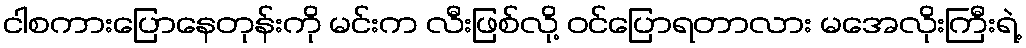
ငါစကားပြောနေတုန်းကို မင်းက လီးဖြစ်လို့ ဝင်ပြောရတာလား မအေလိုးကြီးရဲ့